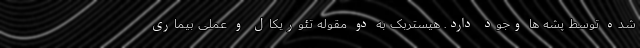
شده توسط پشه ها وجود دارد. هیستربک به دو مقوله تئوریکال و عملی بیماری